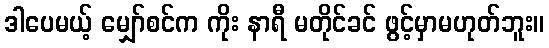
ဒါပေမယ့် မျှော်စင်က ကိုး နာရီ မတိုင်ခင် ဖွင့်မှာမဟုတ်ဘူး။